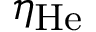
\eta _ { \mathrm { H e } }